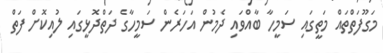
މަގޫފަތްތައް މަތީގައި ސަމީހާ ބާއްވައި ދެމުން އަހަރެން ސަމީހާގެ ދަތްދޮޅީގައި ލުއިކޮށް ފަތް